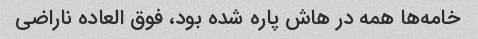
خامه‌ها همه در هاش پاره شده بود، فوق العاده ناراضی